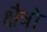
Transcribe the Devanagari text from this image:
क्षैत्रो